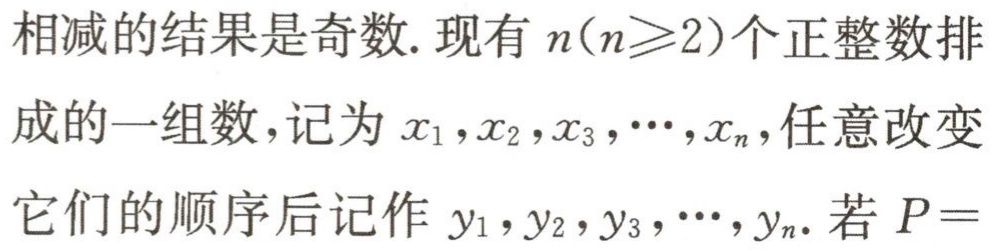
相减的结果是奇数. 现有 \(n(n\geqslant2)\)个正整数排成的一组数,记为 \(x_{1},x_{2},x_{3},\cdots,x_{n}\),任意改变它们的顺序后记作 \(y_{1},y_{2},y_{3},\cdots,y_{n}\). 若 \(P =\)